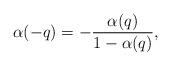
LaTeX: \begin{align*}\alpha(-q)=-\frac{\alpha(q)}{1-\alpha(q)},\end{align*}